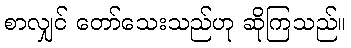
စာလျှင် တော်သေးသည်ဟု ဆိုကြသည်။